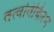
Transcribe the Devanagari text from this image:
तत्वविकिरण